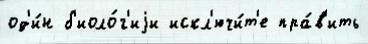
од'и́н б'иоло́г'иjи искл'ючи́т'е пра́в'ить